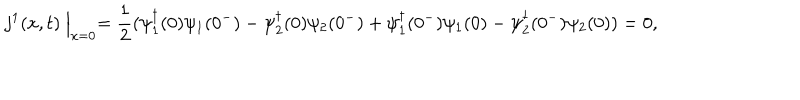
LaTeX: j ^ { 1 } ( x , t ) \Bigm | _ { x = 0 } = \frac { 1 } { 2 } ( \psi _ { 1 } ^ { \dagger } ( 0 ) \psi _ { 1 } ( 0 ^ { - } ) - \psi _ { 2 } ^ { \dagger } ( 0 ) \psi _ { 2 } ( 0 ^ { - } ) + \psi _ { 1 } ^ { \dagger } ( 0 ^ { - } ) \psi _ { 1 } ( 0 ) - \psi _ { 2 } ^ { \dagger } ( 0 ^ { - } ) \psi _ { 2 } ( 0 ) ) = 0 ,